Leningradi_Edasi_toimetus, lk 88
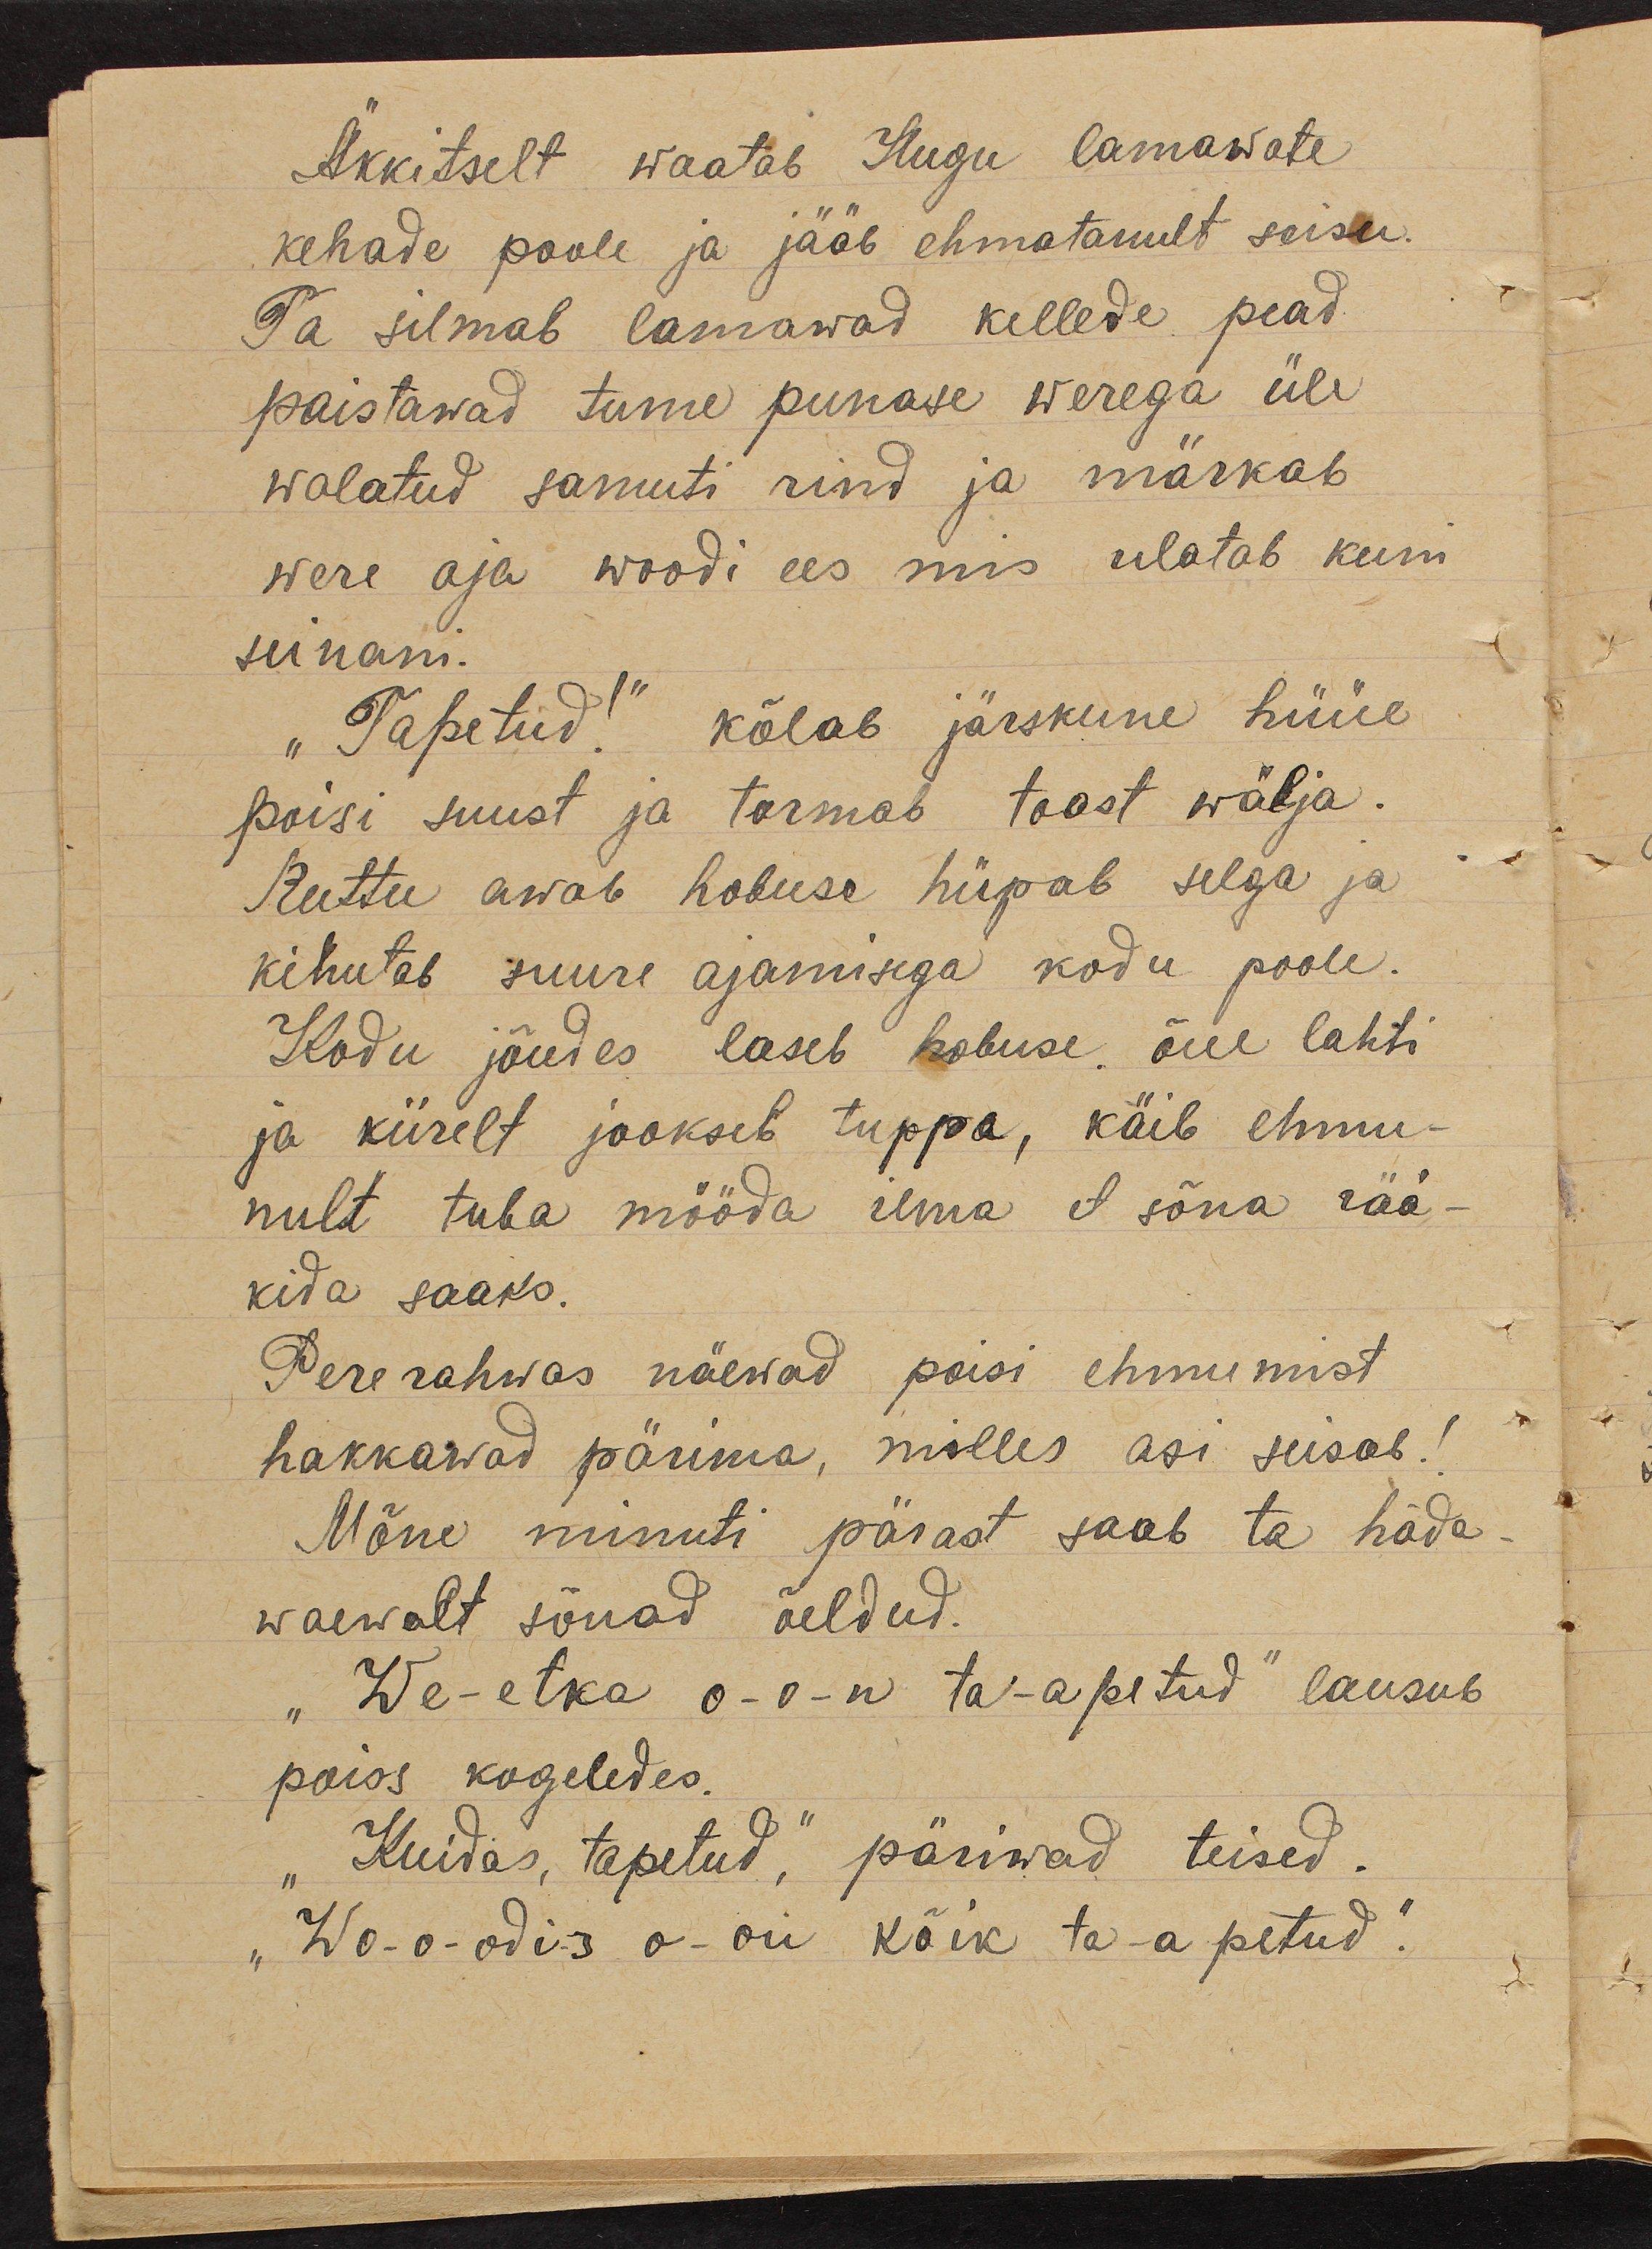
Äkkitselt waatab Hugu lamawate
kehade poole ja jääb ehmatanult seisu.
Ta silmab lamawad kellede pead
paistawad tume punase werega üle
walatud samuti rind ja märkab
were oja woodi ees mis ulatab kuni
seinani.
"Tapetud!" kõlab järskune hüüe
poisi suust ja tormab toast wälja.
Ruttu awab hobuse hüpab selga ja
kihutab suure ajamisega kodu poole.
Kodu jõudes laseb hobuse õue lahti
ja kiirelt jookseb tuppa, käib ehmu-
nult tuba mööda ilma et sõna rää-
kida saaks.
Pererahwas näewad poisi ehmumist
hakkawad pärima, milles asi seisab!
Mõne minuti pärast saab ta häda-
waewalt sõnad öeldud.
"We-etka o-o-n ta-apetud" lausub
poiss kogeledes.
"Kuidas, tapetud", päriwad teised.
„Wo-o-odi-s o-on kõik ta-a petud".